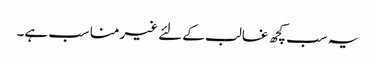
یہ سب کچھ غالب کے لئے غیرمناسب ہے۔